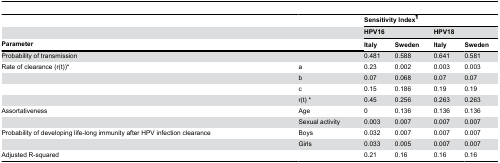
|  |  | <COLSPAN=4> Sensitivity Index¶ |
 |  |  | <COLSPAN=2> HPV16 | <COLSPAN=2> HPV18 |
 | <COLSPAN=2> Parameter | Italy | Sweden | Italy | Sweden |
 | --- | --- | --- | --- | --- | --- |
 | <COLSPAN=2> Probability of transmission | 0.481 | 0.588 | 0.641 | 0.581 |
 | Rate of clearance (r(t))* | a | 0.23 | 0.002 | 0.003 | 0.003 |
 |  | b | 0.07 | 0.068 | 0.07 | 0.07 |
 |  | c | 0.15 | 0.186 | 0.19 | 0.19 |
 |  | r(t) * | 0.45 | 0.256 | 0.263 | 0.263 |
 | Assortativeness | Age | 0 | 0.136 | 0.136 | 0.136 |
 |  | Sexual activity | 0.003 | 0.007 | 0.007 | 0.007 |
 | Probability of developing life-long immunity after HPV infection clearance | Boys | 0.032 | 0.007 | 0.007 | 0.007 |
 |  | Girls | 0.033 | 0.005 | 0.007 | 0.007 |
 | Adjusted R-squared |  | 0.21 | 0.16 | 0.16 | 0.16 |